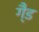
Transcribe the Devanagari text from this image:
गै्ड